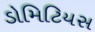
ડોમિટિયસ